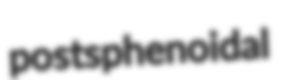
postsphenoidal